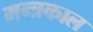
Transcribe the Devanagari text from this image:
मन्त्रकाल